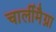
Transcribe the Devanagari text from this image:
चार्लीमैग्ना